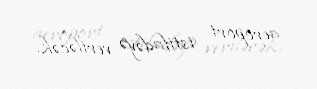
aeroport istifadəyə veriləcək.